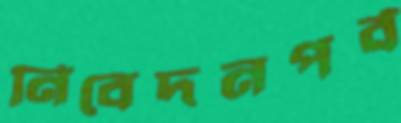
নিবেদনপর্ব